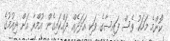
"ކޮންމެ މަހަކު ވެސް ފައިސާގެ ވަކި އަދަދެއް ދައްކައިގެން އުމްރާ އަށް ދިއުމުގެ